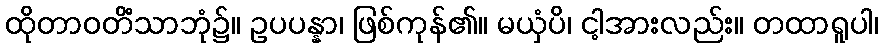
ထိုတာဝတိံသာဘုံ၌။ ဥပပန္နာ၊ ဖြစ်ကုန်၏။ မယှံပိ၊ ငါ့အားလည်း။ တထာရူပါ၊